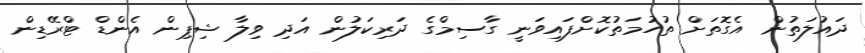
ދައުލަތުން އެގޮތަށް ތުހުމަތުކޮށްފައިވަނީ ގާސިމްގެ ދަރިކަލުން އަދި ވިލާ ޝިޕިން އެންޑް ޓްރޭޑިން